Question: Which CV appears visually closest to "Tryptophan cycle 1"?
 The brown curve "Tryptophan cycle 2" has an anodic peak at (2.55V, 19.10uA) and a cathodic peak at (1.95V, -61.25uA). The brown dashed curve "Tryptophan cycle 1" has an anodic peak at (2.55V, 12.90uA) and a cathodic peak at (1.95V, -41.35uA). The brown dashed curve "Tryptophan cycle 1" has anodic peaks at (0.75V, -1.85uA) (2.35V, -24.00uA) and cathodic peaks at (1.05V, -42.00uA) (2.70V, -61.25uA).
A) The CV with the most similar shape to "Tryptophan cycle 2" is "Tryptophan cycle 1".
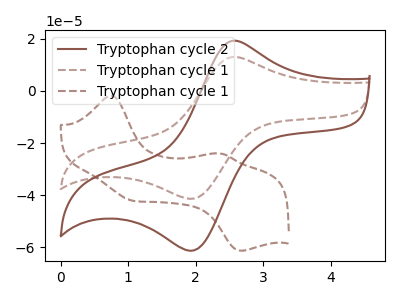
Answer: <think>All the peaks in "Tryptophan cycle 2" have a peak in "Tryptophan cycle 1" at the same potential. Every peak in "Tryptophan cycle 2" is higher than every peak in "Tryptophan cycle 1". "Tryptophan cycle 2" and "Tryptophan cycle 1" have a different number of peaks. "Tryptophan cycle 1" and "Tryptophan cycle 1" have a different number of peaks.
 </think>
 <answer>A) The CV with the most similar shape to "Tryptophan cycle 2" is "Tryptophan cycle 1".</answer>
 <eval>A</eval>